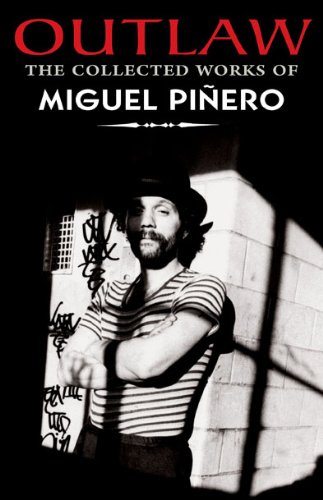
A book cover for Outlaw: The Collected Works of Miguel Pinero; Miguel Pinero; Literature & Fiction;